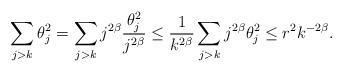
LaTeX: \begin{align*} \sum_{j>k}\theta_j^2 = \sum_{j>k}j^{2\beta} \frac{\theta_j^2}{j^{2\beta}} \leq \frac{1}{k^{2\beta}}\sum_{j>k}j^{2\beta}\theta_j^2 \leq r^2 k^{-2\beta}.\end{align*}